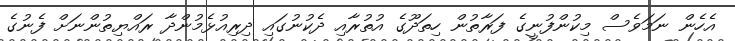
އެހެން ނަމަވެސް މިކުންފުނީގެ ފަރާތުން ހިތަދޫގެ އުތުރާއި ދެކުނުގައި ދިރިއުޅެމުންދާ ރައްޔިތުންނަށް ފެނުގެ